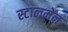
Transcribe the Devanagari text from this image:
स्टालमेंन